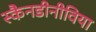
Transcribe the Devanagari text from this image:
स्कैनडीनीविया